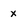
Character: x